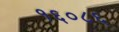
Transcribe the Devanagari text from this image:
१६०८६